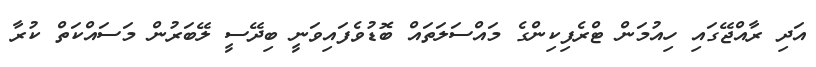
އަދި ރާއްޖޭގައި ހިއުމަން ޓްރެފިކިންގެ މައްސަލަތައް ބޮޑުވެފައިވަނީ ބިދޭސީ ލޭބަރުން މަސައްކަތް ކުރާ